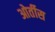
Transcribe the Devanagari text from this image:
ओर्तीस